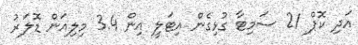
އަދި ކޮޕް 21 ސަމިޓާ ގުޅިގެން އިޓަލީ އިން 3.4 މިލިއަން ޑޮލަރު